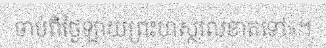
ចាប់ពីថ្ងៃឡាយព្រះហស្ថលេខាតទៅ»។